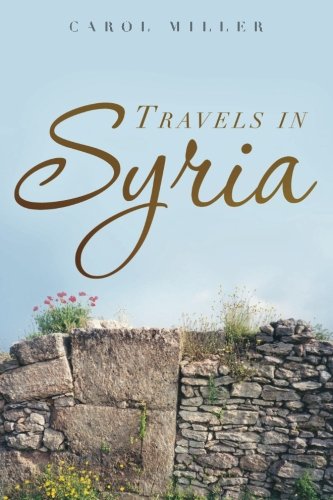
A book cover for Travels in Syria: A Love Story; Carol Miller; Travel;